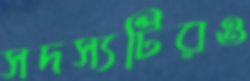
সদস্যটিরও